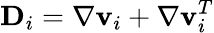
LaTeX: {\mathbf D}_{i}=\nabla{\mathbf v}_{i}+\nabla{\mathbf v}_{i}^{T}